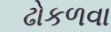
ઢોકળવા